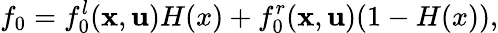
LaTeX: f_{0}=f_{0}^{l}(\textbf{x},\textbf{u})H(x)+f_{0}^{r}(\textbf{x},\textbf{u})(1-H(x)),